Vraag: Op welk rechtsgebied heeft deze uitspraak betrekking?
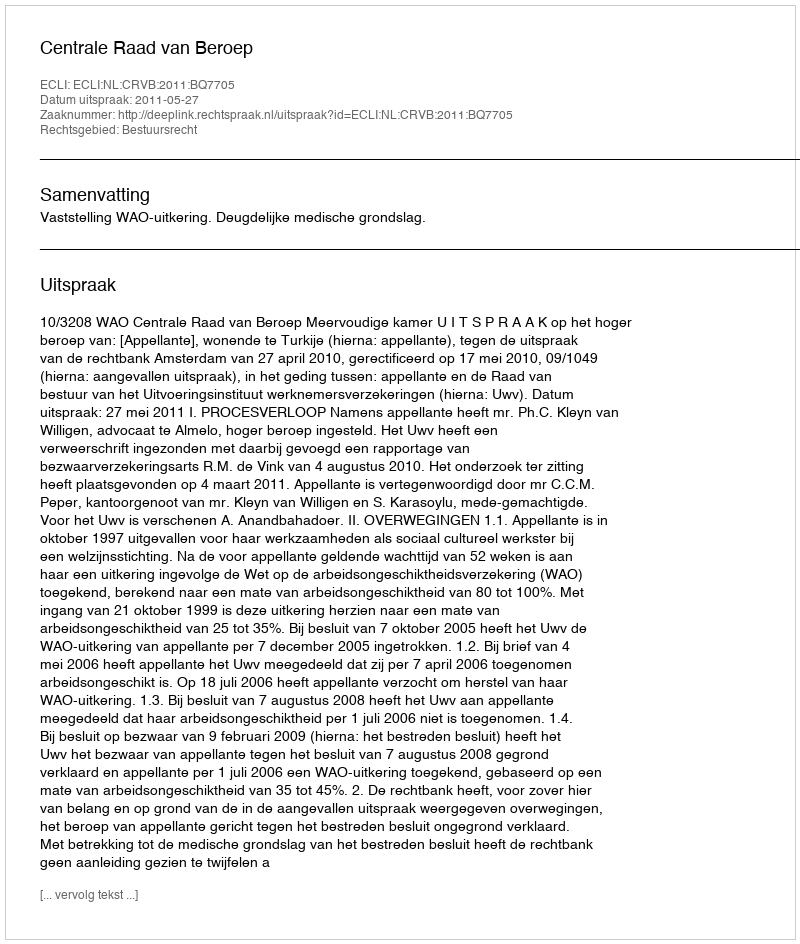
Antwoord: Bestuursrecht